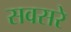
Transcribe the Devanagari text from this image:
सवसरे